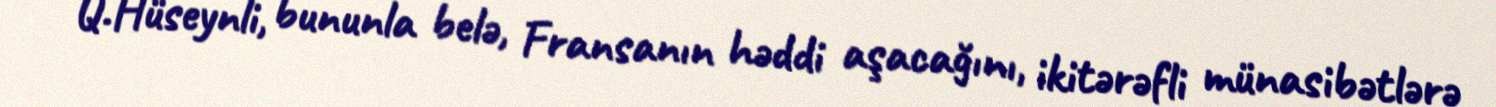
Q.Hüseynli, bununla belə, Fransanın həddi aşacağını, ikitərəfli münasibətlərə